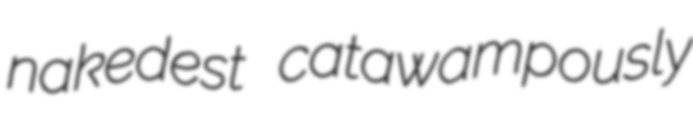
nakedest catawampously